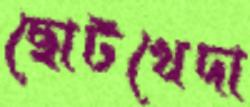
ছোটখেদা